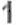
1